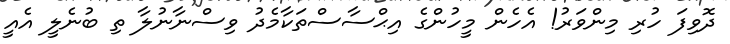
ދޮވިފަ ހުރި މިންވަރު! އެހެން މީހުންގެ އިޙްސާސްތަކާމެދު ވިސްނާނުލާ ތި ބުނެލީ އެއީ